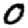
Digit: 0